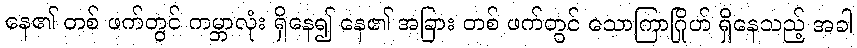
နေ၏ တစ် ဖက်တွင် ကမ္ဘာလုံး ရှိနေ၍ နေ၏ အခြား တစ် ဖက်တွင် သောကြာဂြိုဟ် ရှိနေသည့် အခါ